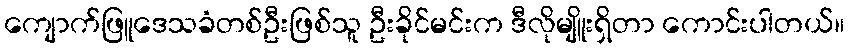
ကျောက်ဖြူဒေသခံတစ်ဦးဖြစ်သူ ဦးခိုင်မင်းက ဒီလိုမျိူးရှိတာ ကောင်းပါတယ်။